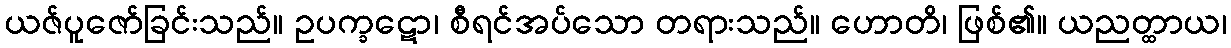
ယဇ်ပူဇော်ခြင်းသည်။ ဥပက္ခဋော၊ စီရင်အပ်သော တရားသည်။ ဟောတိ၊ ဖြစ်၏။ ယညတ္ထာယ၊